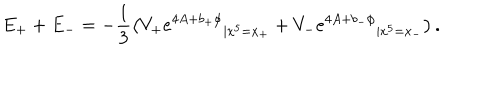
E _ { + } + E _ { - } = - \frac { 1 } { 3 } \left( { V _ { + } e ^ { 4 A + b _ { + } \phi } } _ { | x ^ { 5 } = x _ { + } } + { V _ { - } e ^ { 4 A + b _ { - } \phi } } _ { | x ^ { 5 } = x _ { - } } \right) .